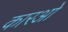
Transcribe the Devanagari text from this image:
कारओ